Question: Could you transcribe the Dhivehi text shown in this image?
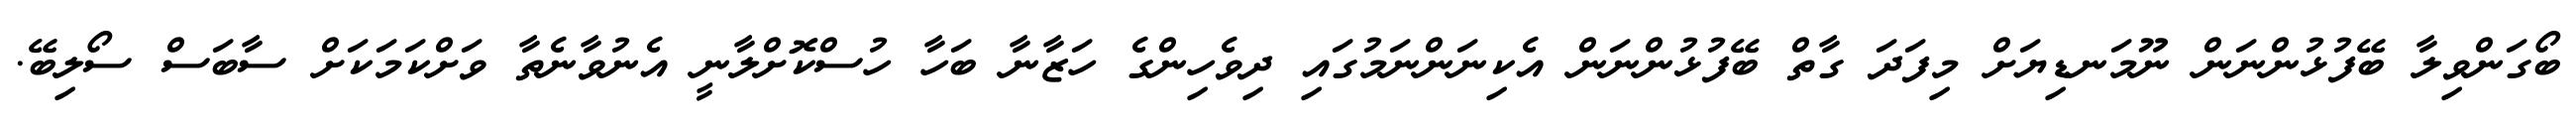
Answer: ބޯގަންވިލާ ބޭފުޅުންނަން ނޫމަނޑިޔަށް މިފަދަ ގާތް ބޭފުޅުންނަން އެކިނަންނަމުގައި ދިވެހިންގެ ހަޒާނާ ބަހާ ހުސްކޮށްލާނީ އެނުވާނެތާ ވަށްކަމަކަށް ސާބަސް ސޯލިބޭ.